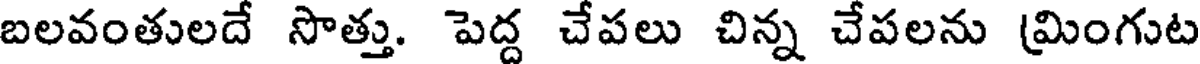
బలవంతులదే సొత్తు. పెద్ద చేపలు చిన్న చేపలను (మింగుట